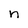
Character: n